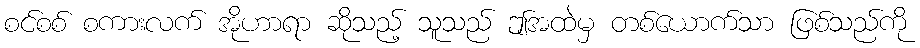
စင်စစ် စကားလက် အိုဟာရာ ဆိုသည့် သူသည် ဤအထဲမှ တစ်ယောက်သာ ဖြစ်သည်ကို